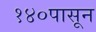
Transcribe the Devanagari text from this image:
१४०पासून